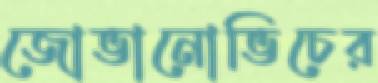
জোভানোভিচের